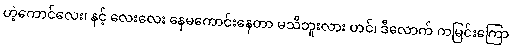
ဟဲ့ကောင်လေး၊ နင့် လေးလေး နေမကောင်းနေတာ မသိဘူးလား ဟင်၊ ဒီလောက် ကမြင်းကြော